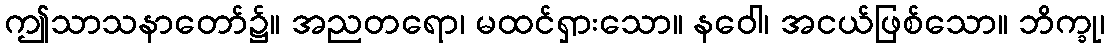
ဤသာသနာတော်၌။ အညတရော၊ မထင်ရှားသော။ နဝေါ၊ အငယ်ဖြစ်သော။ ဘိက္ခု၊